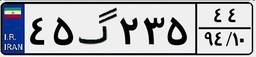
۴۵گ۲۳۵۴۴